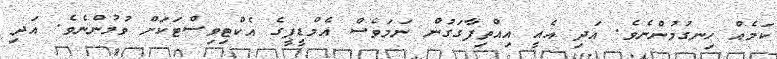
ކަމެއް ހިނގުމުންނެވެ. އަދި އެއީ އިއްތިފާގަގުން ނަމަވެސް އެމްޑީޕީގެ އެކްޓިވިސްޓަކަށް ވުމުންނެވެ. އަދި